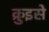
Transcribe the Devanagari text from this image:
क्रुइसे